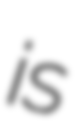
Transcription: is